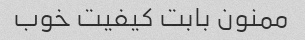
ممنون بابت کیفیت خوب